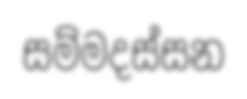
සම්මදස්සන